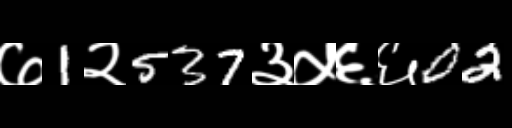
Text: ७1२537३५६६02